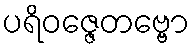
ပရိဝဇ္ဇေတဗ္ဗော